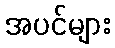
အပင်များ